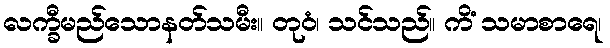
လက္ခီမည်သောနတ်သမီး။ တုဝံ၊ သင်သည်။ ကိံ သမာစာရေ၊